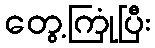
တွေ့ကြုံပြီး